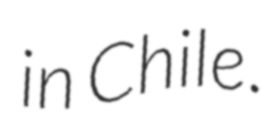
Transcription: in Chile.